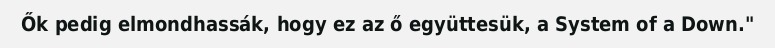
Ők pedig elmondhassák, hogy ez az ő együttesük, a System of a Down."